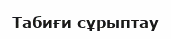
Табиғи сұрыптау